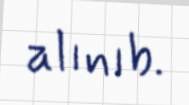
alınıb.